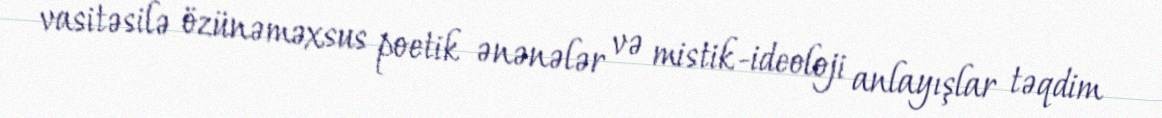
vasitəsilə özünəməxsus poetik ənənələr və mistik-ideoloji anlayışlar təqdim